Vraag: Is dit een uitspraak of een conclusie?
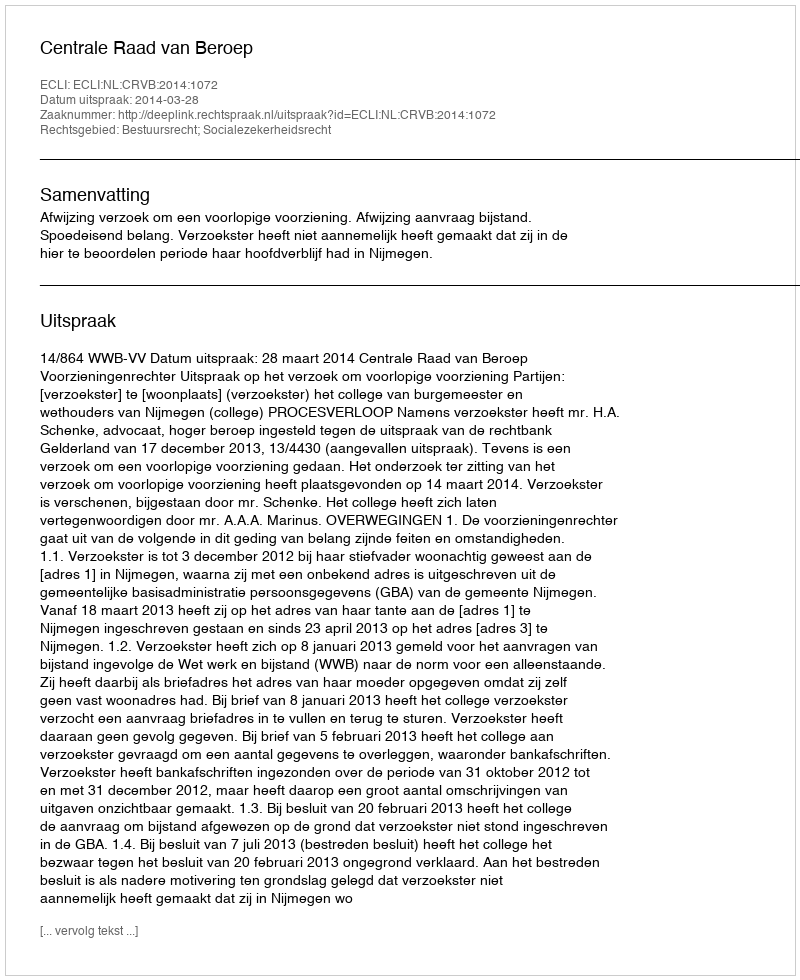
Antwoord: Uitspraak